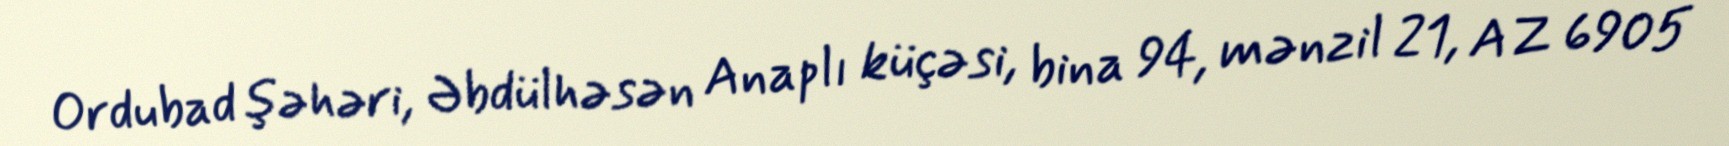
Ordubad şəhəri, Əbdülhəsən Anaplı küçəsi, bina 94, mənzil 21, AZ 6905